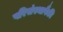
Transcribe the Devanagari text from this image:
परिसंस्थापैकी